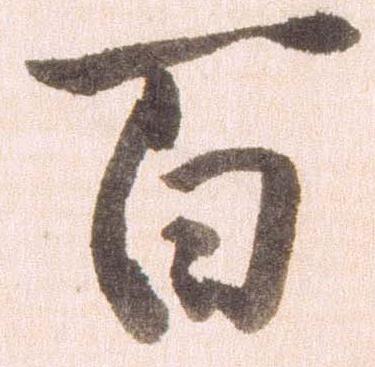
百